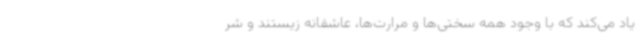
یاد می‌کند که با وجود همه سختی‌ها و مرارت‌ها، عاشقانه زیستند و شر